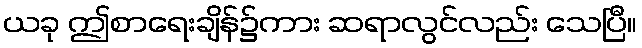
ယခု ဤစာရေးချိန်၌ကား ဆရာလွင်လည်း သေပြီ။